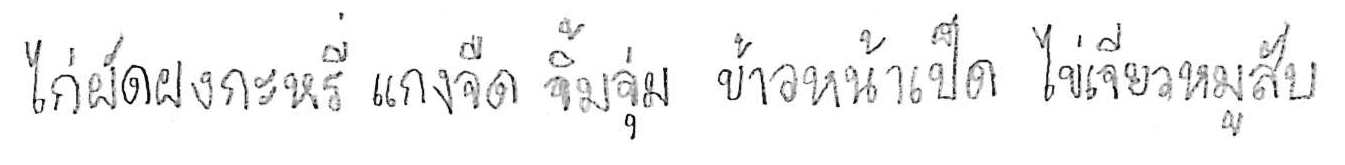
ไก่ผัดผงกะหรี่ แกงจืด จิ้มจุ่ม ข้าวหน้าเป็ด ไข่เจียวหมูสับ